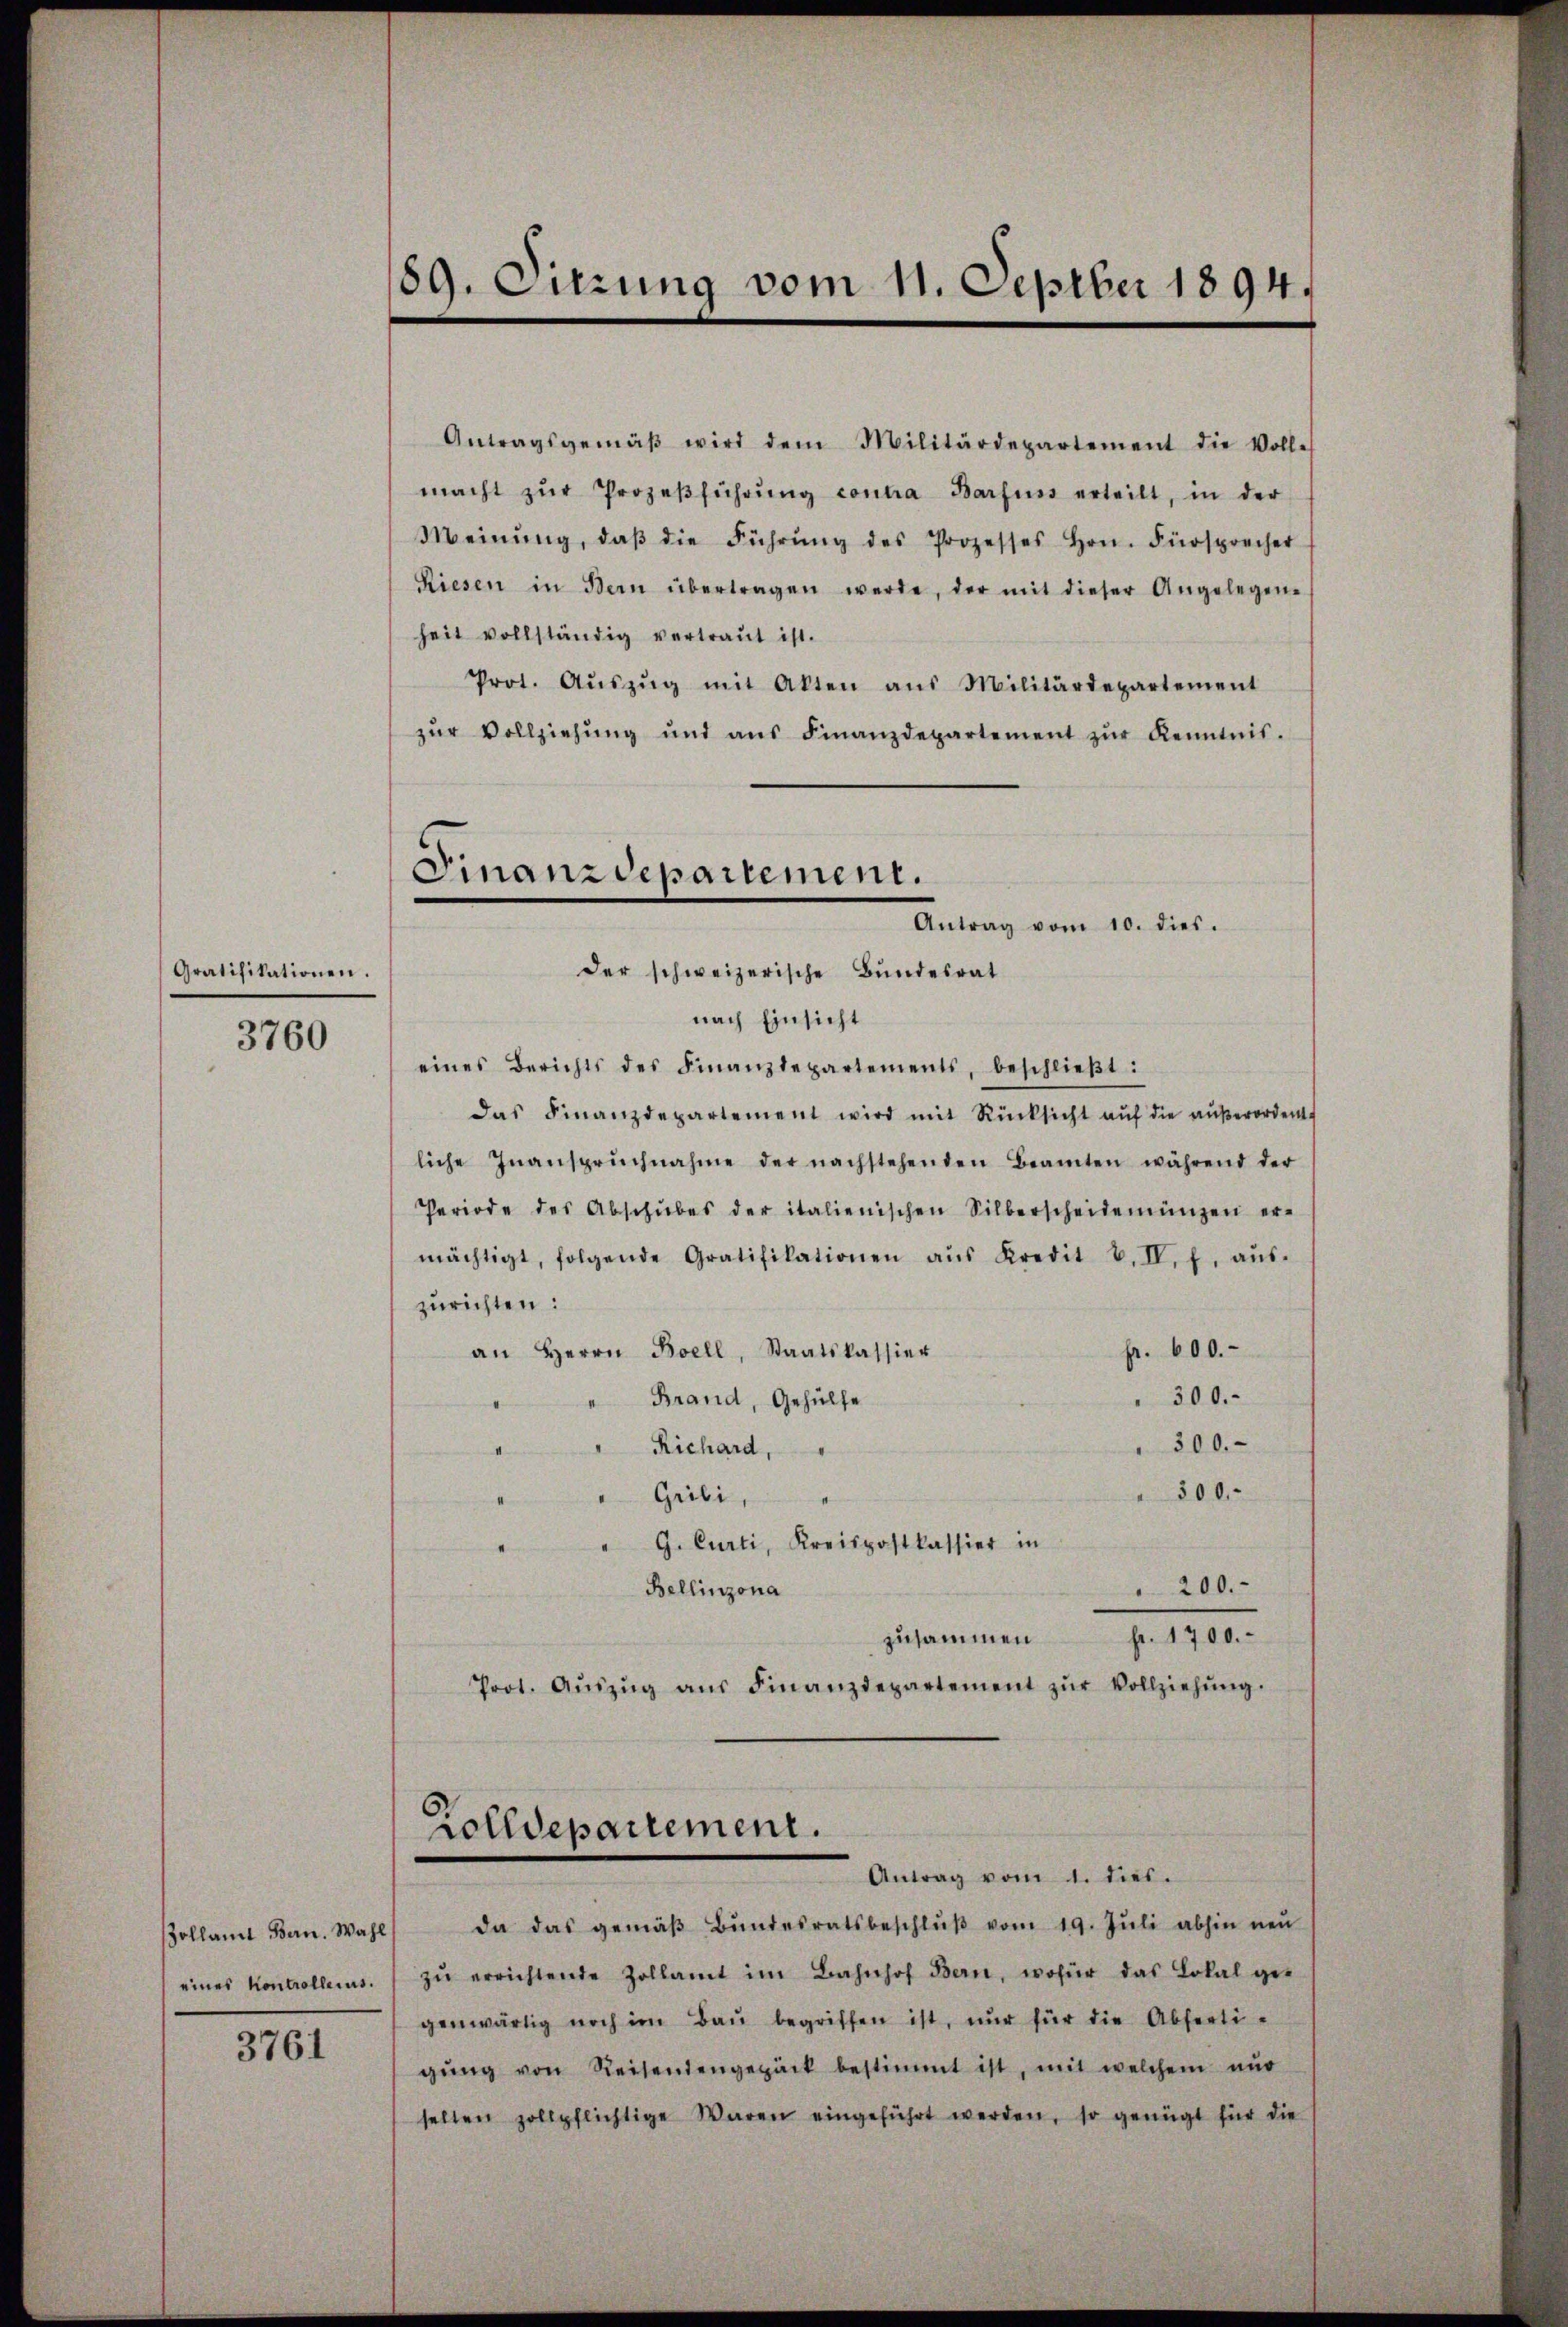
Gratifikationen.

3760

Bollamt Bern. Wahl
eines Kontrollerus.

3761

89. Sitzung vom 11. Septber 1894.

Antragsgemäβ wird dem Militärdepartement die Volle
macht zŭr Prozeβführŭng contra Barfuss erteilt, in der
Meinŭng, daβ die Führŭng des Prozesses Hrn. Fürsprecher
Riesen in Bern übertragen werde, der mit dieser Angelegen-
heit vollständig vertraut ist.
Prot. Aŭszŭg mit Akten aus Militärdepartement
zŭr Vollziehŭng und ans Finanzdepartement zŭr Kenntnis.
Finanzdepartement.
Antrag vom 10. dies.
der schweizerische Bundesrat

Zolldepartement.
Antrag vom 1. dies

nach Einsicht
eines Berichts des Finanzdepartements, beschlieβt:
das Finanzdepartement wird mit Rücksicht aŭf die aŭβerordent
liche Inanspruchnahme der nachstehenden Beamten während der
Periode des Abschŭbes der italienischen Silberscheidemünzen er-
mächtigt, folgende Gratifikationen aŭs Kredit b. II. f. aŭs-
zurichten:
an Herrn Boell, Staatskassier
fr. 600.
" 300.
" Brand, Gehülfe
300.
Richard,
4
" 300.
" Grili,
G. Curti, Kreispostkassier in
4
200.
Bellinzona
pr. 1700.-
zusammen
Prot. Aŭszŭg aŭs Finanzdepartement zŭr Vollziehŭng.

da das gemäβ Bŭndesratsbeschlŭβ vom 19. Jŭli abhin neŭ
zŭ errichtende Zollamt im Bahnhof Bern, wofür das Lokal ge-
genwärtig noch im Baŭ begriffen ist, nur für die Abferti-
gŭng von Reisendengepack bestimmt ist, mit welchem nŭr
selten zollpflichtige Waren eingeführt werden, so genügt für die